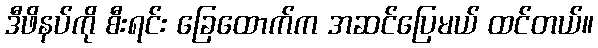
ဒီဖိနပ်ကို စီးရင်း ခြေထောက်က အဆင်ပြေမယ် ထင်တယ်။